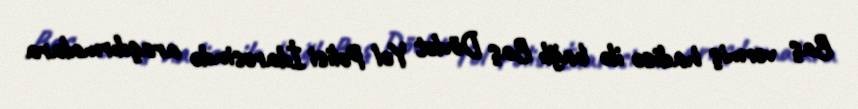
Baş vermiş hadisə ilə bağlı Baş Dövlət Yol Polisi İdarəsində araşdırmalara